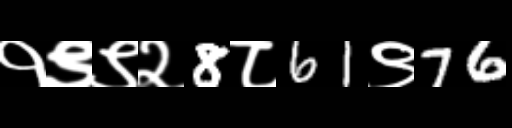
Text: १९९२8८61९76